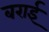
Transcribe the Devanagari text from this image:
बराईं